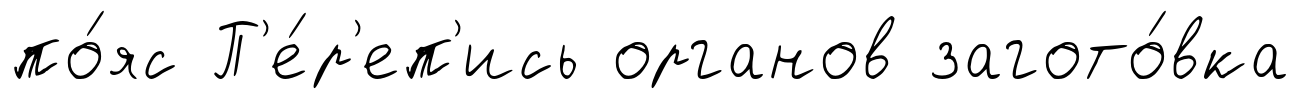
по́яс П'е́р'еп'ись органов загото́вка